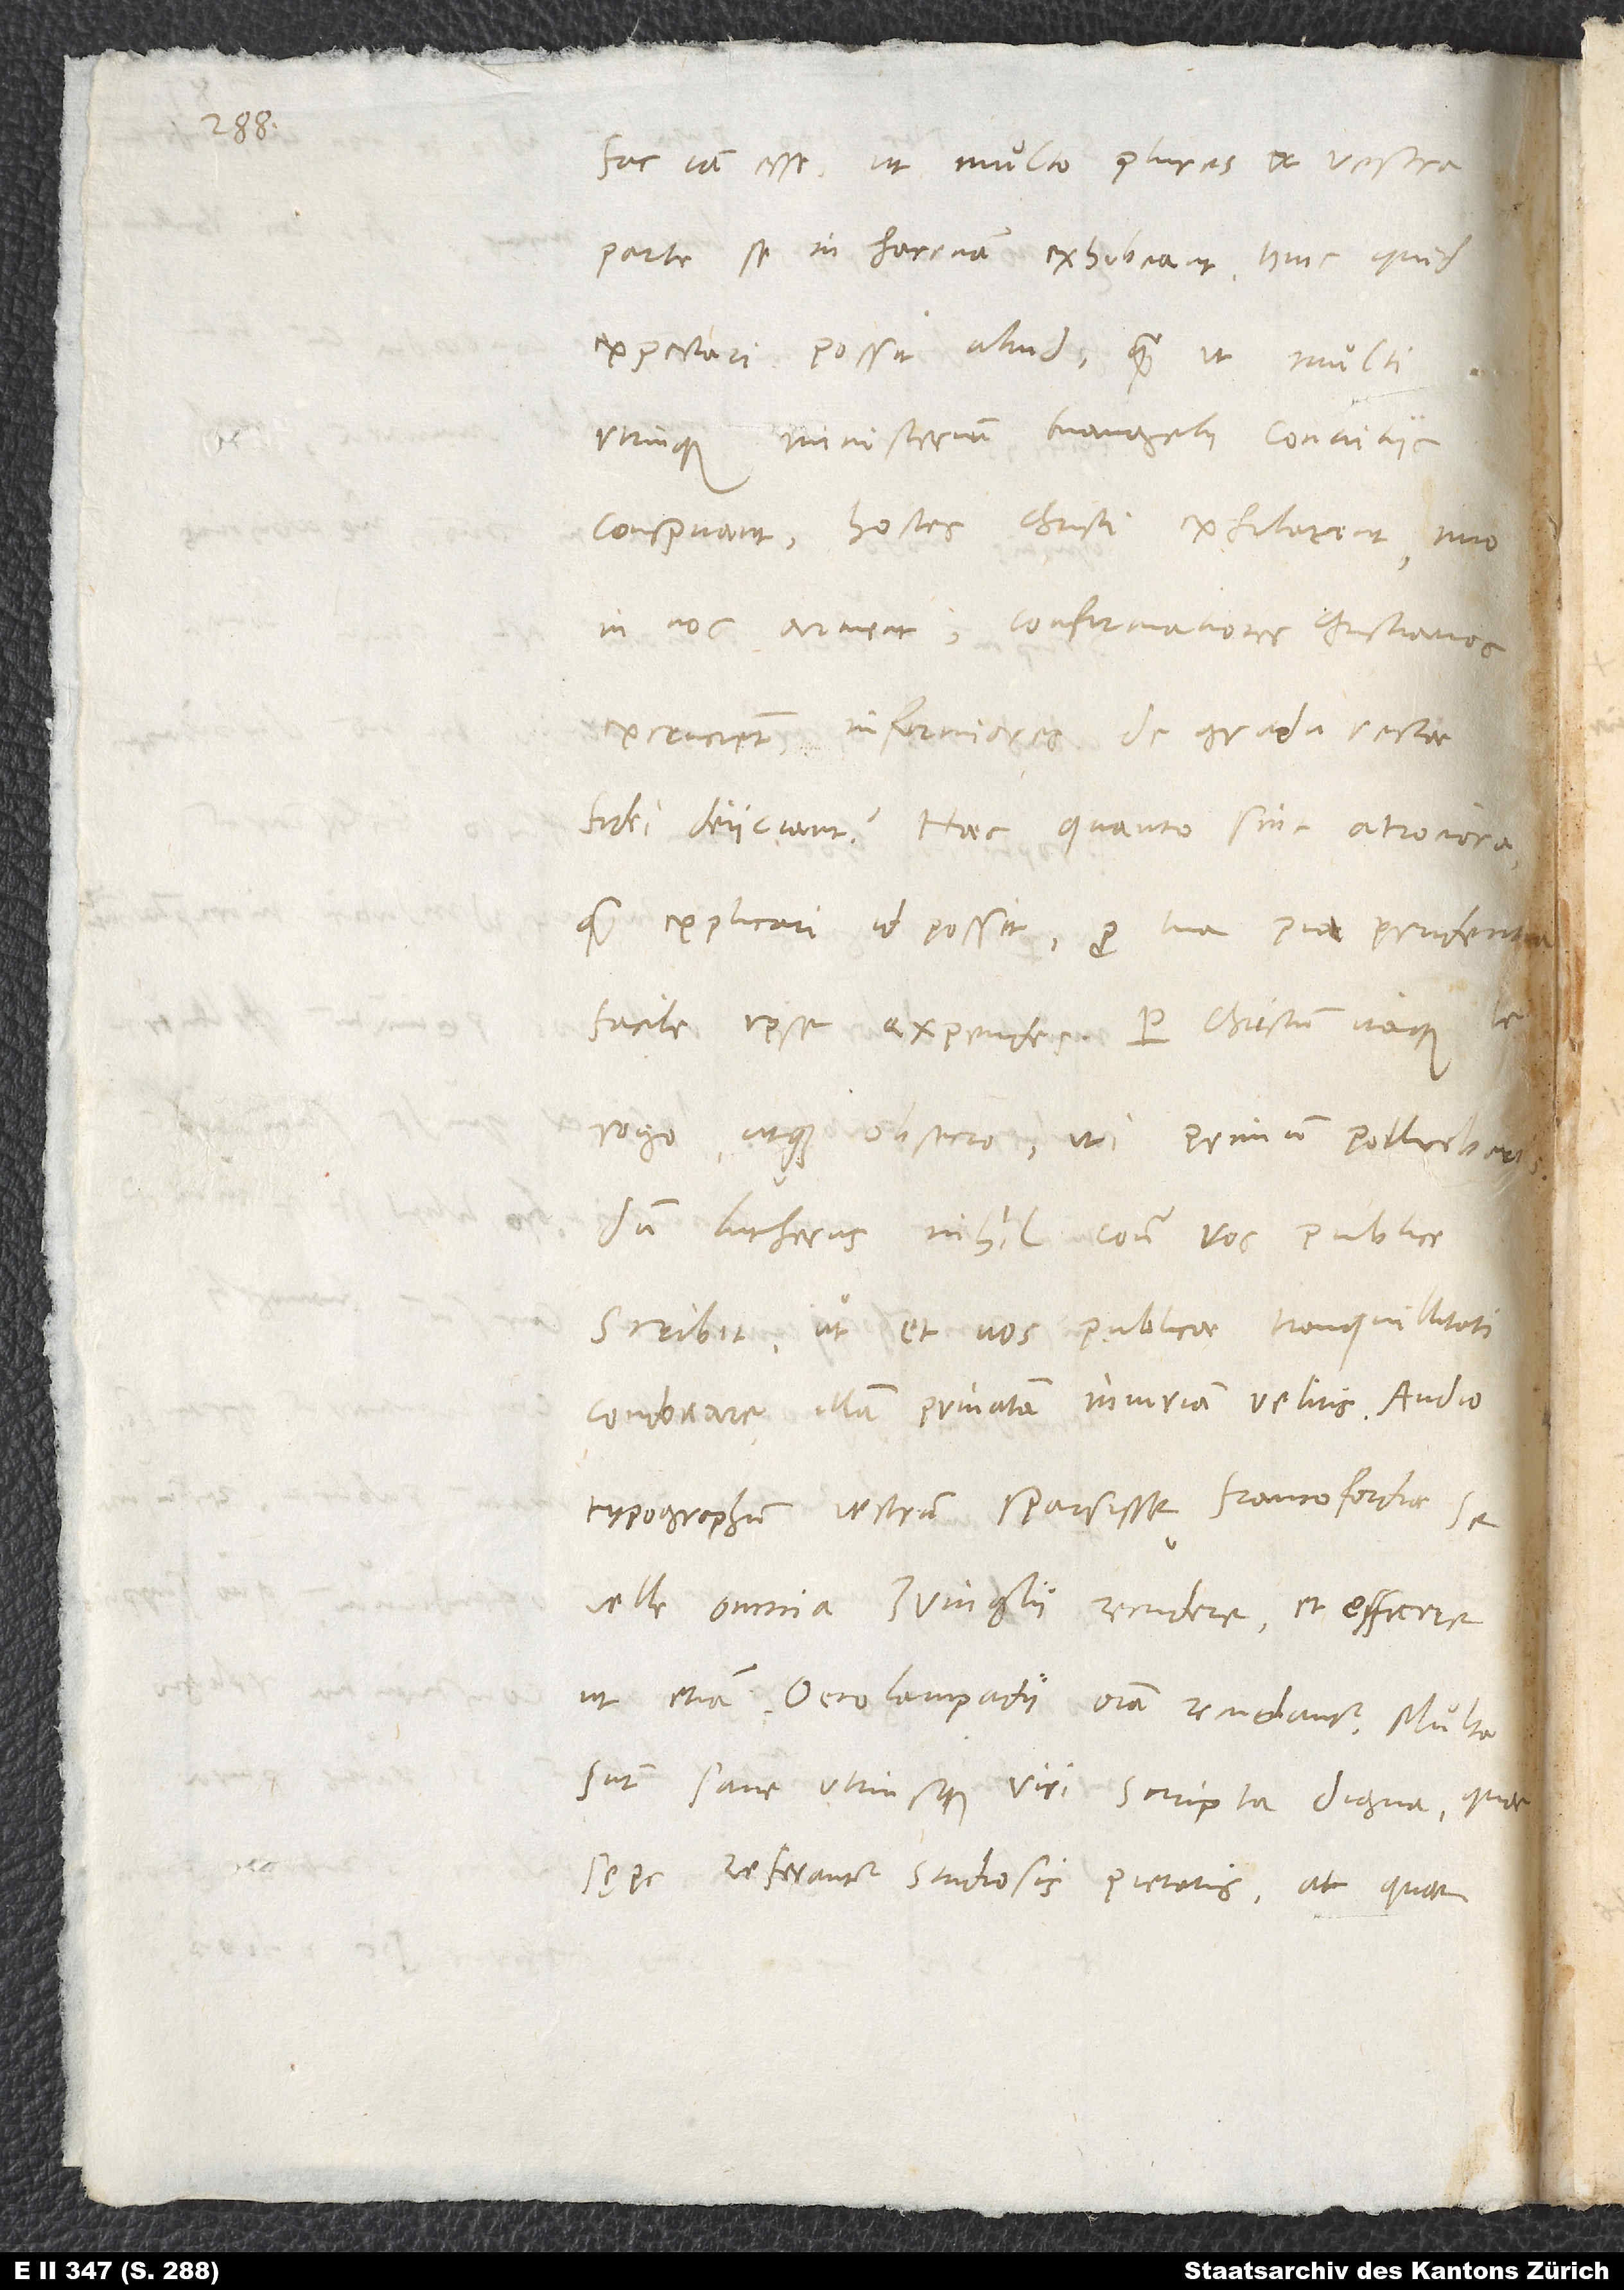
18.

dum Lutherus nihil contra vos publice
scribit, ut et vos publicae tranquillitati
condonare illam privatam iniuriam velitis.
typographum vestrum sparsisse Francofordiae se
velle omnia Zvinglii recudere et efficere,
ut etiam Oecolampadii omnia recudantur. Multa
sunt sane utriusque viri scripta digna, quae
sępe referantur studiosis pietatis; at quae